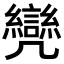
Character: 𠙳